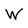
Character: W